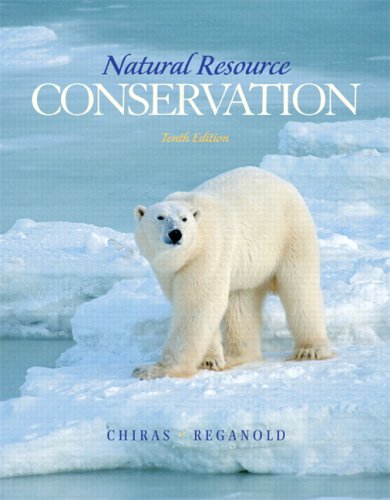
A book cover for Natural Resource Conservation: Management for a Sustainable Future (10th Edition); Daniel D. Chiras; Engineering & Transportation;